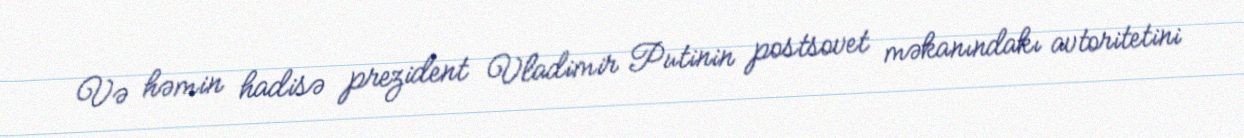
Və həmin hadisə prezident Vladimir Putinin postsovet məkanındakı avtoritetini